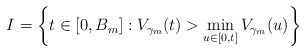
\begin{align*}I = \bigg\{ t \in [0,B_m] : V_{\gamma_m}(t) > \min_{u \in [0,t]} V_{\gamma_m}(u) \bigg\}\end{align*}